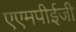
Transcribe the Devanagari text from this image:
एएमपीईजी